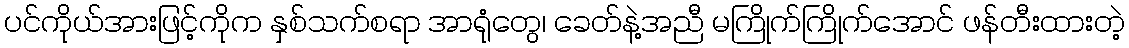
ပင်ကိုယ်အားဖြင့်ကိုက နှစ်သက်စရာ အာရုံတွေ၊ ခေတ်နဲ့အညီ မကြိုက်ကြိုက်အောင် ဖန်တီးထားတဲ့